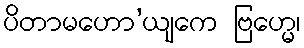
ပိတာမဟော’ယျကေ ဗြဟ္မေ၊